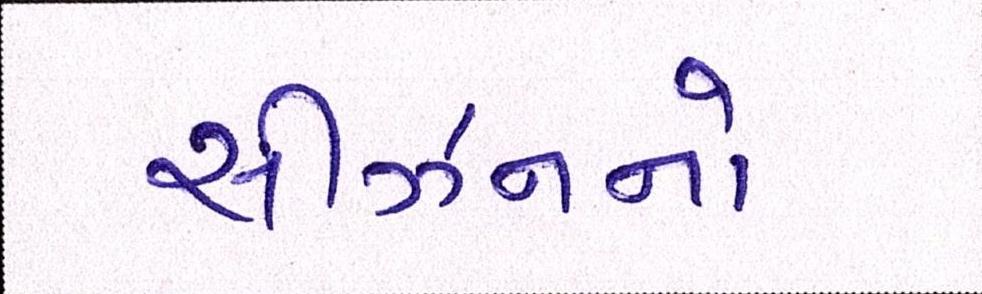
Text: સીઝનનો